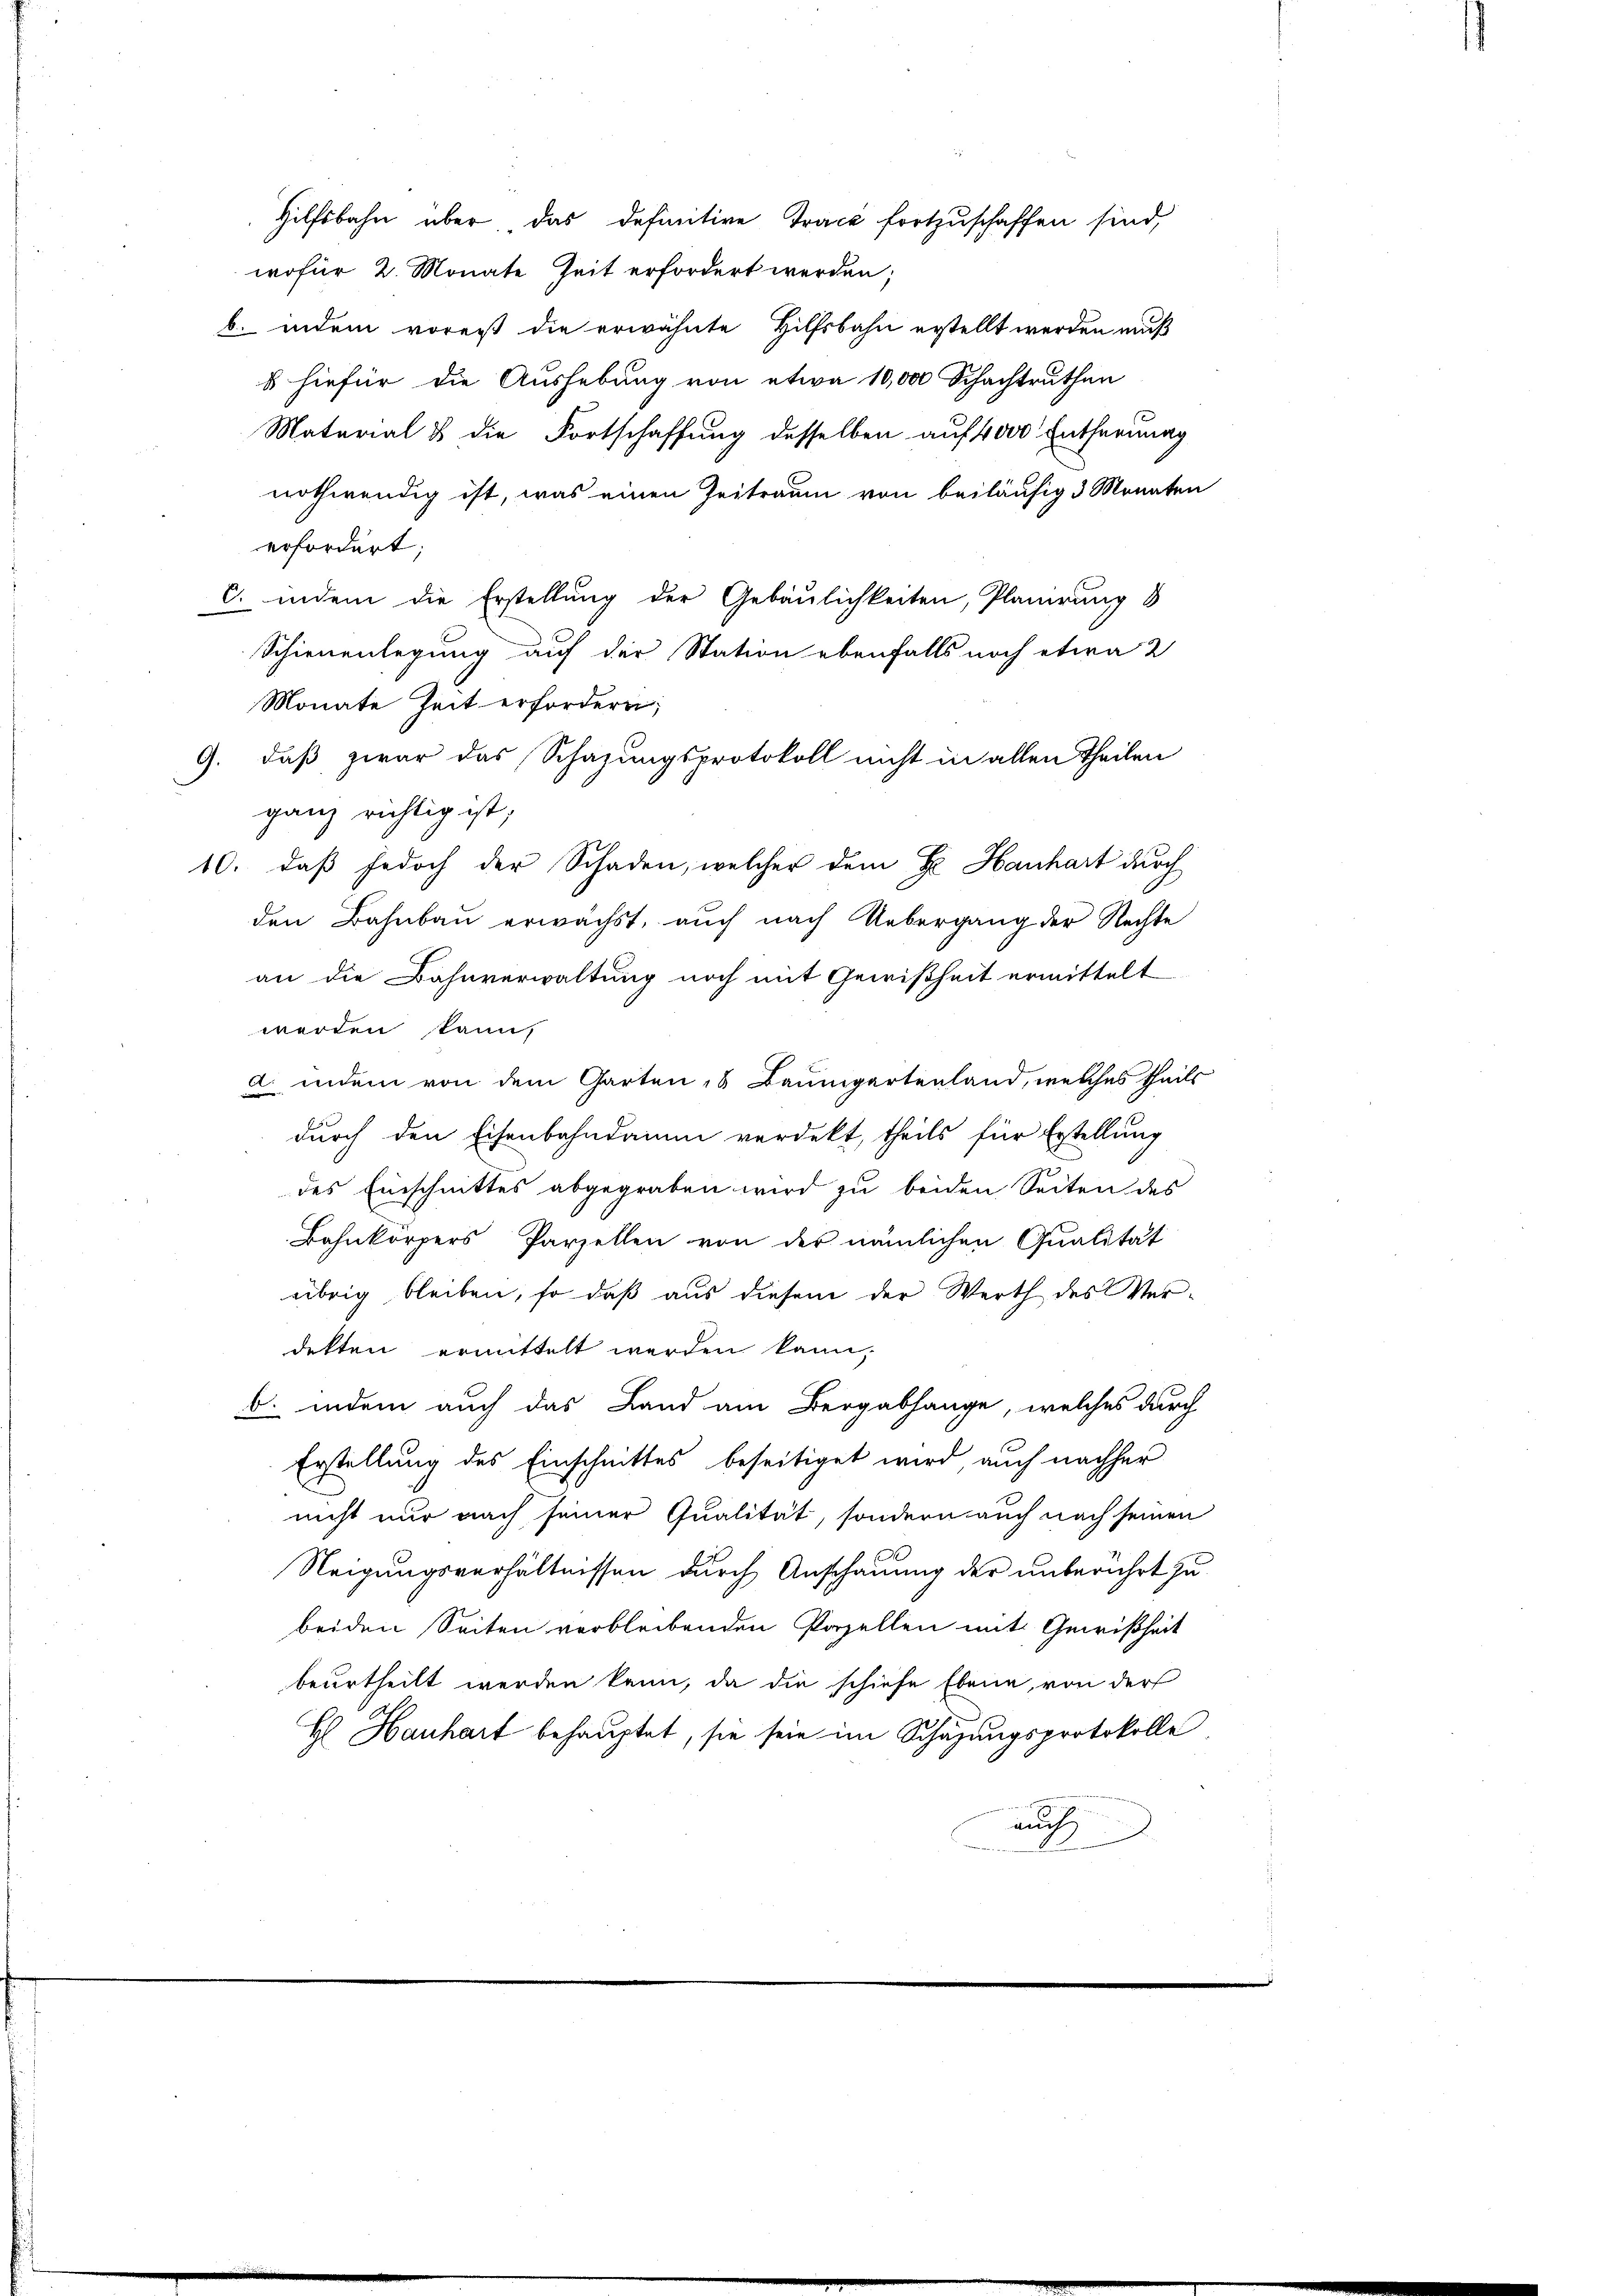
wofür 2. Monate Zeit erfordert werden;
b. indem vorerst die erwähnte Hilfsbahn erstellt werden muß
s hiefür die Aushebung von etwa 10,000 Schachtruthen
Matarial & die Fortschaffung desselben auf 4000 Entherung
nothwendig ist, was einen Zeitraum von beiläufig 3 Monaten
erfordert;
C. indem die Erstellung der Gebäulichkeiten, Planirung 8
Schienenlegung auf der Station ebenfalls noch etwa 2
10. daß jedoch der Schaden, welcher dem Fe Hanhart durch
den Bahnbau erwachst, auch nach Uebergang der Rechte
an die Bahnverwaltung noch mit Gewißheit ermittelt
werden kann,
a. indem von dem Garten, 6 Baumgartenland, welches theils
durch den Eisenbahndamm verdekt, theils für Erstellung
des Einschnittes abgegraben wird zu beiden Seiten des
Bahnkörpers Parzellen von der nämlichen Qualität
übrig bleiben, so daß aus diesem der Werth des Ver-
dekten ermittelt werden kann,
b. indem auch das Land am Bergabhange, welches durch
Erstellung des Einschnittes beseitiget wird auch nachher
nicht nur nach seiner Qualität, sondern auch nach seinen
Neigungsverhältnissen durch Anschauung der unberührt zu
beiden Seiten verbleibenden Parzellen mit Gewißheit
beurtheilt werden kann, da die schiefe Ebene, von der
H Hanhart behauptet, sie sein im Schazungsprotokolle
auf

Monate Zeit erfordern;
9. daß zwar das Schazungsprotokoll nicht in allen Theilen
ganz richtig ist;

Hilfsbahn über das definitive Trace fortzuschaffen sind,